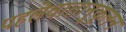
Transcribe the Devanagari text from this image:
पहलेवातानुकूलन